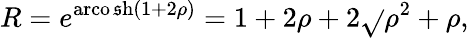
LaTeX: R=e^{\operatorname{arco\mathfrak{s}h}(1+2\rho)}=1+2\rho+2{\sqrt{}{{\rho^{2}+\rho}}},